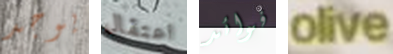
يوجد اعتقال فوائد olive